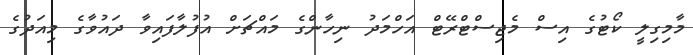
މާމިގިލީ ކޯޓުގެ އިސް މެޖިސްޓްރޭޓް އަހްމަދު ނިހާންގެ މައްޗަށް އުފުލާފައިވާ ދައުވާގެ މިއަދުގެ